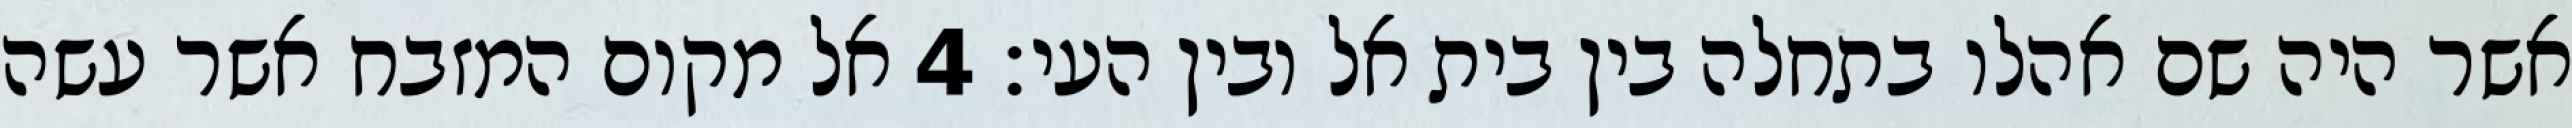
אשר היה שם אהלו בתחלה בין בית אל ובין העי׃ ‎4‏ אל מקום המזבח אשר עשה